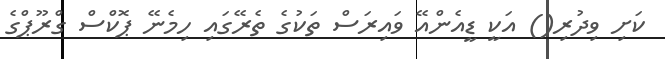
ކަށި ވިދުރި() އަކީ ޑީއެންއޭ ވައިރަސް ތަކުގެ ތެރޭގައި ހިމެނޭ ޕޮކްސް ގްރޫޕްގެ